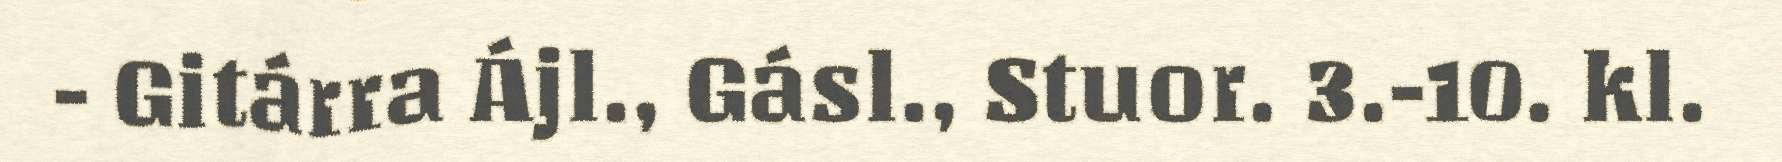
- Gitárra Ájl., Gásl., Stuor. 3.-10. kl.